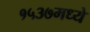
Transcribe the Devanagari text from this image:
१५३७मध्ये